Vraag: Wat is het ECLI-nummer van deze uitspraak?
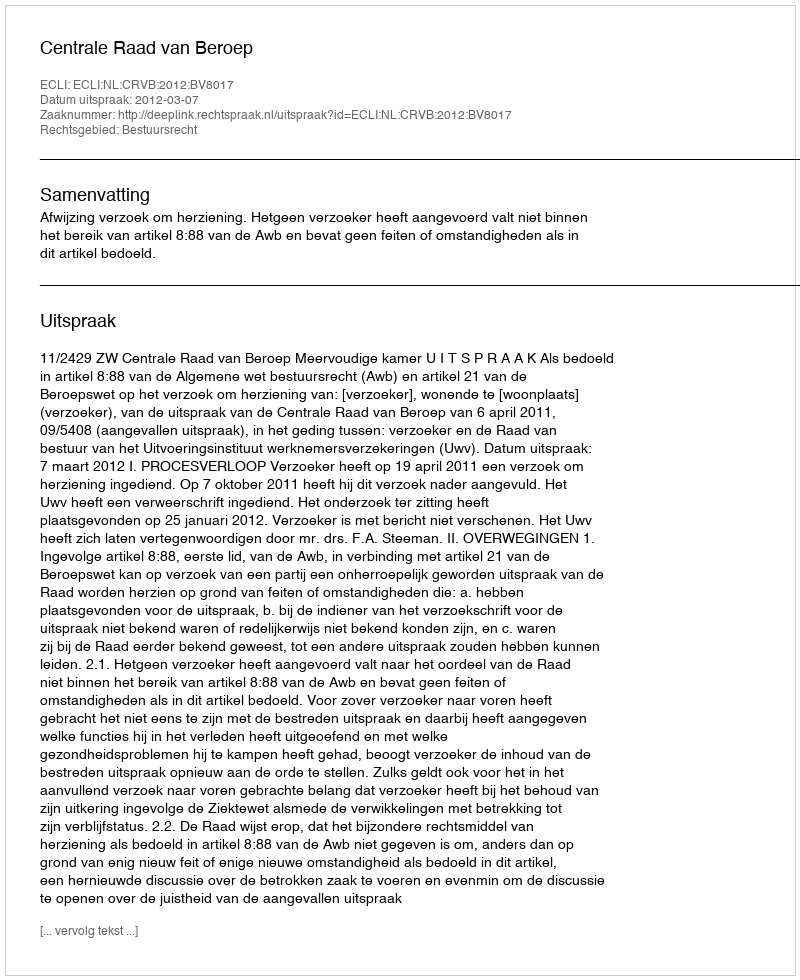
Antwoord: ECLI:NL:CRVB:2012:BV8017